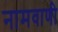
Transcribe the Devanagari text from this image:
नामवाणी